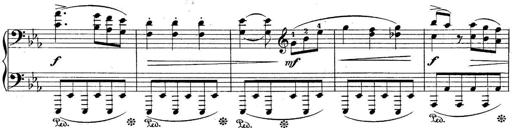
Title: 10 Sonatines progressives
Composer: Anton Schmoll